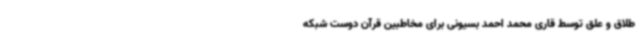
طلاق و علق توسط قاری محمد احمد بسیونی برای مخاطبین قرآن دوست شبکه